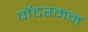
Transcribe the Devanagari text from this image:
वॉटरमन